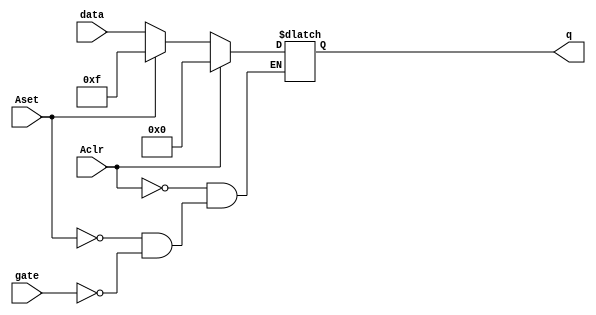
module Latch (Aset, data, gate, Aclr, q);
	
	parameter LAT_WIDTH = 4;

	input  Aset, gate, Aclr;
	input  [LAT_WIDTH-1:0] data;

	output reg [LAT_WIDTH-1:0] q;

	always @(*) begin
		if(Aclr)
			q <= 0;
		else if(Aset)
			q <= ~0;
		else if (gate)
			q <= data;
	end
endmodule